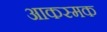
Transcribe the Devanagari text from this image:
आकस्मक